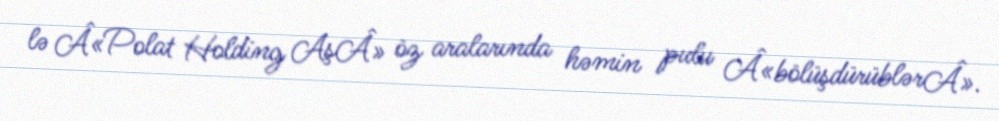
lə Â«Polat Holding AşÂ» öz aralarında həmin pulu Â«bölüşdürüblərÂ».